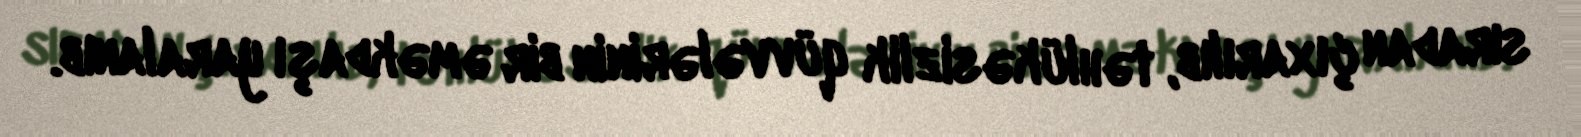
sıradan çıxarılıb, təhlükəsizlik qüvvələrinin bir əməkdaşı yaralanıb.